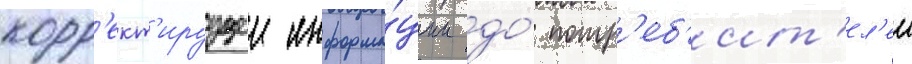
корр'ект'ируущеи информа́ции до́ потр'еб'ит'ел'еи